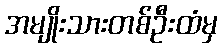
အမျိုးသားတစ်ဦးထံမှ